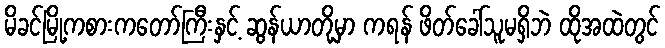
မိခင်မြို့ကစားကတော်ကြီးနှင့် ဆွန်ယာတို့မှာ ကရန် ဖိတ်ခေါ်သူမရှိဘဲ ထိုအထဲတွင်